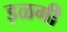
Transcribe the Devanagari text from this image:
इळगी